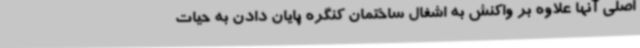
اصلی آنها علاوه بر واکنش به اشغال ساختمان کنگره پایان دادن به حیات